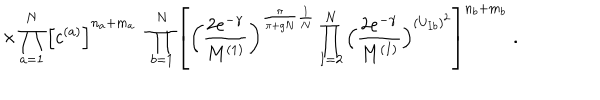
\times \prod _ { a = 1 } ^ { N } \Big [ c ^ { ( a ) } \Big ] ^ { n _ { a } + m _ { a } } \; \; \prod _ { b = 1 } ^ { N } \left[ \left( \frac { 2 e ^ { - \gamma } } { M ^ { ( 1 ) } } \right) ^ { \frac { \pi } { \pi + g N } \frac { 1 } { N } } \prod _ { I = 2 } ^ { N } \Big ( \frac { 2 e ^ { - \gamma } } { M ^ { ( I ) } } \Big ) ^ { ( U _ { I b } ) ^ { 2 } } \right] ^ { n _ { b } + m _ { b } } \; .